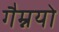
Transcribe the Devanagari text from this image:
गैम्नयो